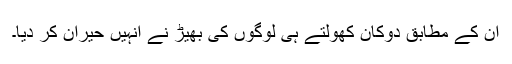
ان کے مطابق دوکان کھولتے ہی لوگوں کی بھیڑ نے انہیں حیران کر دیا۔